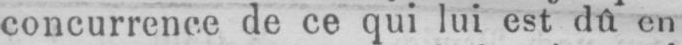
concurrence de ce qui lui est dû en